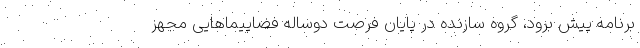
برنامه پیش برود، گروه سازنده در پایان فرصت دوساله فضاپیماهایی مجهز